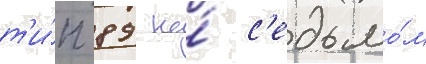
т'и́п 89 на́ с'едьмо́м